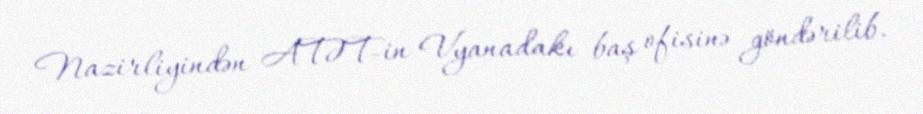
Nazirliyindən ATƏT-in Vyanadakı baş ofisinə göndərilib.